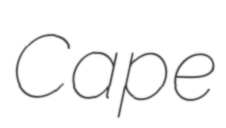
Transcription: Cape